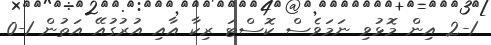
2-1 އިން މޮޅުވި ނަމަވެސް ކޮސްޓަ ރިކާ އާއި އުރުގުއޭ އަތުން 1-0